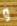
و